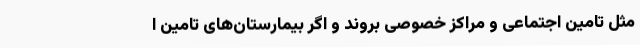
مثل تامین اجتماعی و مراکز خصوصی بروند و اگر بیمارستان‌های تامین ا